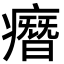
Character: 㿊